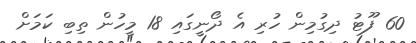
60 ފޫޓު ދިގުމިން ހުރި އެ ދޯނީގައި 18 މީހުން ތިބި ކަމަށް